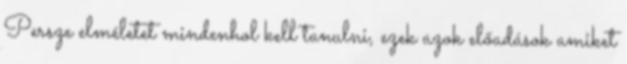
Persze elméletet mindenhol kell tanulni, ezek azok előadások amiket